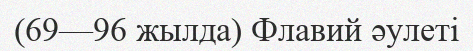
(69—96 жылда) Флавий әулеті